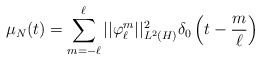
\begin{align*} \mu_N(t) = \sum_{m = -\ell}^\ell ||\varphi^m_\ell||^2_{L^2(H)}\delta_0\left(t - \frac{m}{\ell}\right) \end{align*}